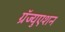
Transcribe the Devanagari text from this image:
ग्रॅज्युएशन